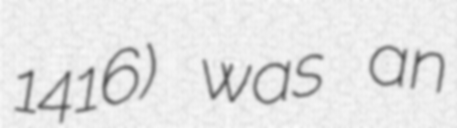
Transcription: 1416) was an